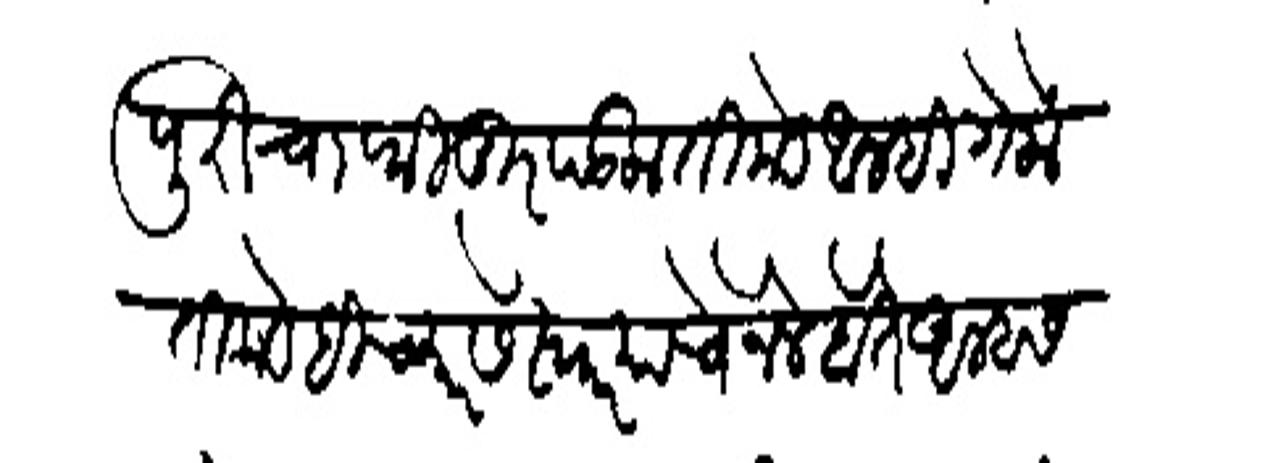
Transliteration (Devanagari): मेणेपुरीचा फितूर पडला तिकडे आम्ही गेलों तिकडेही च्यारसे स्वार याचे नेखे होते आम्हास